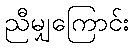
ညီမျှကြောင်း